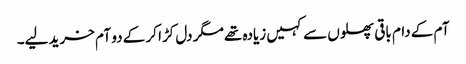
آم کے دام باقی پھلوں سے کہیں زیادہ تھے مگر دل کڑا کر کے دو آم خرید لیے۔